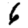
Digit: 6